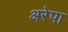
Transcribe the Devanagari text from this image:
अरेपा